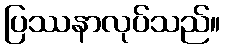
ပြဿနာလုပ်သည်။